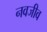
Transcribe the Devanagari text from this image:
नवजीव